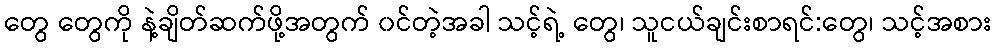
တွေ တွေကို နဲ့ချိတ်ဆက်ဖို့အတွက် ၀င်တဲ့အခါ သင့်ရဲ့ တွေ၊ သူငယ်ချင်းစာရင်:တွေ၊ သင့်အစား